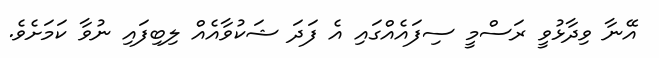
އޭނާ ވިދާޅުވީ ރަސްމީ ސިފައެއްގައި އެ ފަދަ ޝަކުވާއެއް ލިބިފައި ނުވާ ކަމަށެވެ.